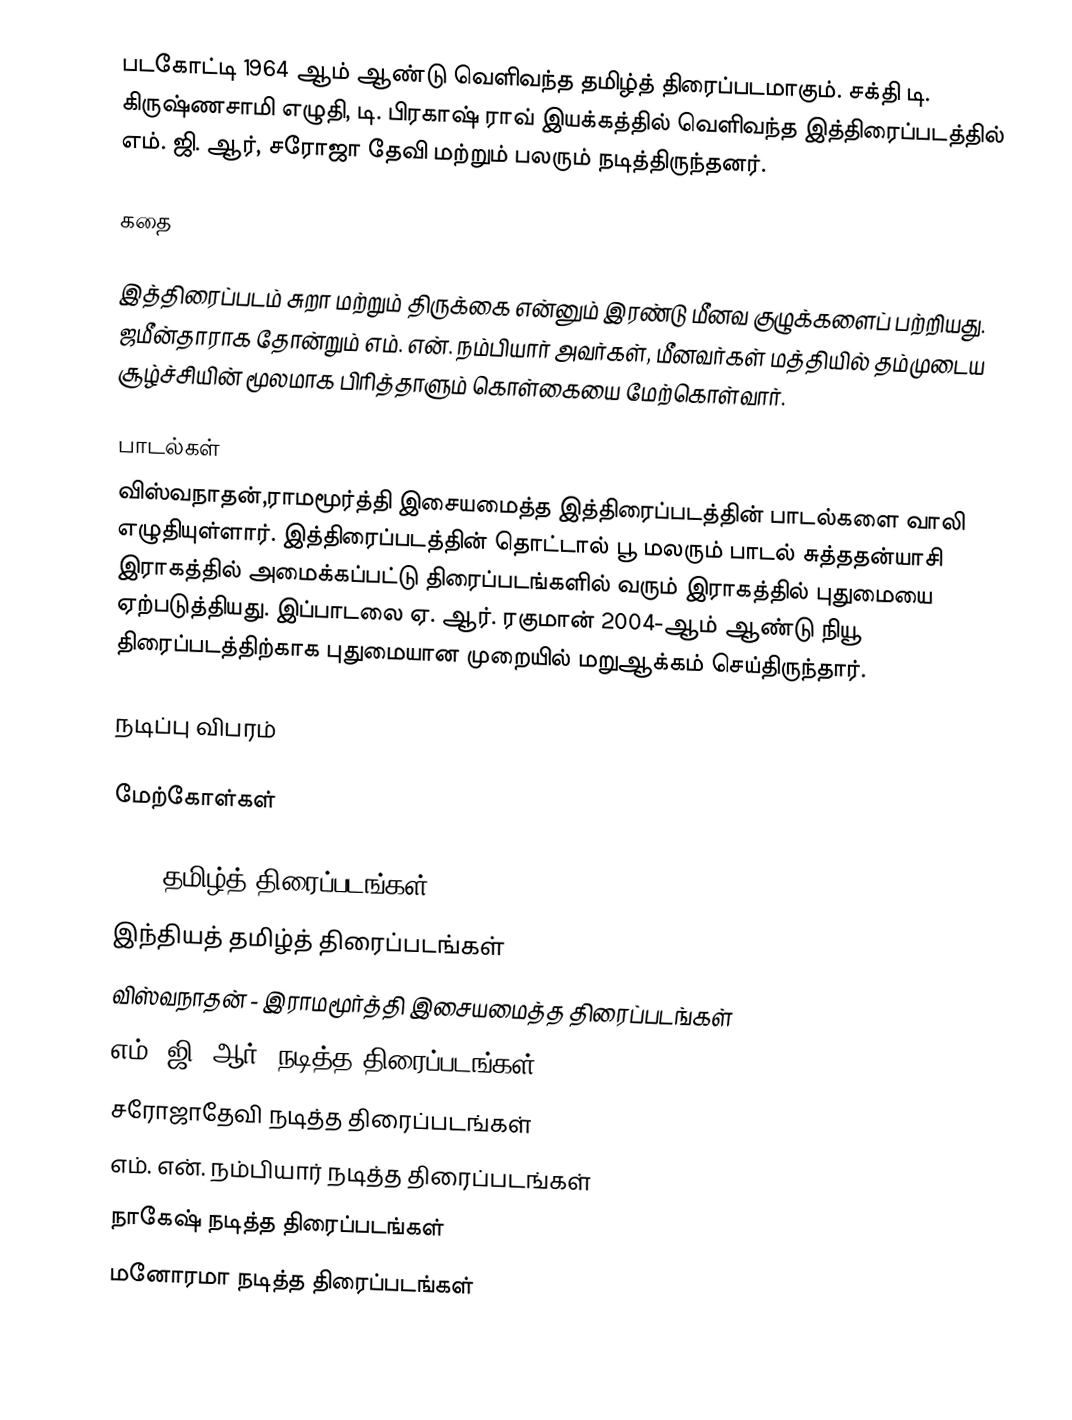
படகோட்டி 1964 ஆம் ஆண்டு வெளிவந்த தமிழ்த் திரைப்படமாகும். சக்தி டி. கிருஷ்ணசாமி எழுதி, டி. பிரகாஷ் ராவ் இயக்கத்தில் வெளிவந்த இத்திரைப்படத்தில் எம். ஜி. ஆர், சரோஜா தேவி மற்றும் பலரும் நடித்திருந்தனர்.

கதை

இத்திரைப்படம் சுறா மற்றும் திருக்கை என்னும் இரண்டு மீனவ குழுக்களைப் பற்றியது. ஜமீன்தாராக தோன்றும் எம். என். நம்பியார் அவர்கள், மீனவர்கள் மத்தியில் தம்முடைய சூழ்ச்சியின் மூலமாக பிரித்தாளும் கொள்கையை மேற்கொள்வார்.

பாடல்கள்
விஸ்வநாதன்,ராமமூர்த்தி இசையமைத்த இத்திரைப்படத்தின் பாடல்களை வாலி எழுதியுள்ளார். இத்திரைப்படத்தின் தொட்டால் பூ மலரும் பாடல் சுத்ததன்யாசி இராகத்தில் அமைக்கப்பட்டு திரைப்படங்களில் வரும் இராகத்தில் புதுமையை ஏற்படுத்தியது. இப்பாடலை ஏ. ஆர். ரகுமான் 2004-ஆம் ஆண்டு நியூ திரைப்படத்திற்காக புதுமையான முறையில் மறுஆக்கம் செய்திருந்தார்.

நடிப்பு விபரம்

மேற்கோள்கள்

1964 தமிழ்த் திரைப்படங்கள்
இந்தியத் தமிழ்த் திரைப்படங்கள்
விஸ்வநாதன் - இராமமூர்த்தி இசையமைத்த திரைப்படங்கள்
எம். ஜி. ஆர். நடித்த திரைப்படங்கள்
சரோஜாதேவி நடித்த திரைப்படங்கள்
எம். என். நம்பியார் நடித்த திரைப்படங்கள்
நாகேஷ் நடித்த திரைப்படங்கள்
மனோரமா நடித்த திரைப்படங்கள்